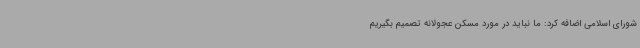
شورای اسلامی اضافه کرد: ما نباید در مورد مسکن عجولانه تصمیم بگیریم